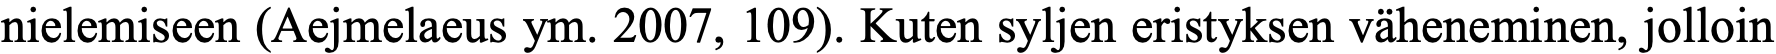
nielemiseen (Aejmelaeus ym. 2007, 109). Kuten syljen eristyksen väheneminen, jolloin